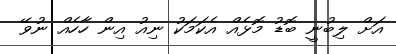
އަށް ލިބުނީ ބޮޑު މޮޅެއް އެކަމަކު ނިއު އިން ހާހެއް ނުވޭ